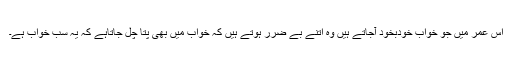
اس عمر میں جو خواب خودبخود آجاتے ہیں وہ اتنے بے ضرر ہوتے ہیں کہ خواب میں بھی پتا چل جاتاہے کہ یہ سب خواب ہے۔